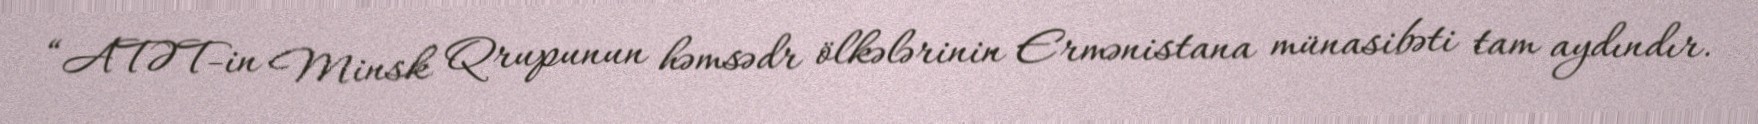
“ATƏT-in Minsk Qrupunun həmsədr ölkələrinin Ermənistana münasibəti tam aydındır.